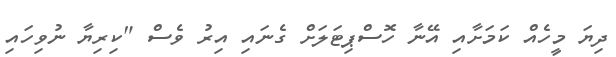
ދިޔަ މީހެއް ކަމަށާއި އޭނާ ހޮސްޕިޓަލަށް ގެނައި އިރު ވެސް "ކިރިޔާ ނުވިހައި